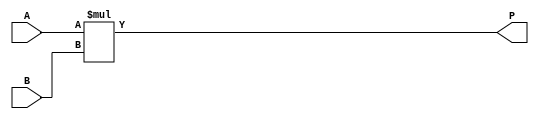
module MULT18X18_1 (
    input signed [17:0] A,
    input signed [17:0] B,
    output signed [35:0] P
);
assign P = A * B;
endmodule